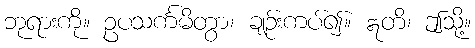
ဘုရားကို။ ဥပသင်္ကမိတွာ၊ ချဉ်းကပ်၍။ ဣတိ၊ ဤသို့။